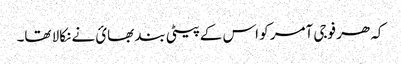
کہ ھر فوجی آمر کو اس کے پیٹی بند بھائ نے نکالا تھا۔